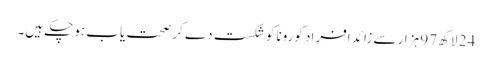
24 لاکھ 97 ہزار سے زائد افراد کورونا کو شکست دے کر صحت یاب ہوچکے ہیں۔